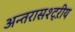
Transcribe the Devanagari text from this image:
अन्तरासश्ट्ऱीय